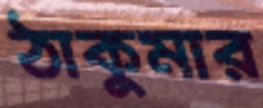
ঠাকুমার